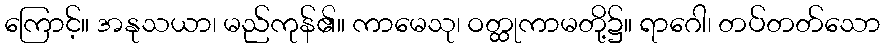
ကြောင့်။ အနုသယာ၊ မည်ကုန်၏။ ကာမေသု၊ ဝတ္ထုကာမတို့၌။ ရာဂေါ၊ တပ်တတ်သော